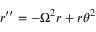
r ^ { \prime \prime } = - \Omega ^ { 2 } r + r \theta ^ { 2 }